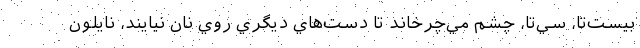
بيست‌تا، سي‌تا، چشم مي‌چرخاند تا دست‌هاي ديگري روي نان نيايند، نايلون